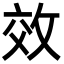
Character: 效